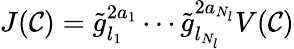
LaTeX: J(\mathcal{C})=\tilde{{g}}_{l_{1}}^{2a_{1}}\cdots\tilde{{g}}_{l_{N_{l}}}^{2a_{N_{l}}}V(\mathcal{C})